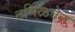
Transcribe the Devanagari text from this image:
तमिळवेल